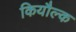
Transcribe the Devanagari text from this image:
कियौल्क